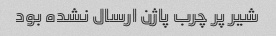
شیر پر چرب پاژن ارسال نشده بود